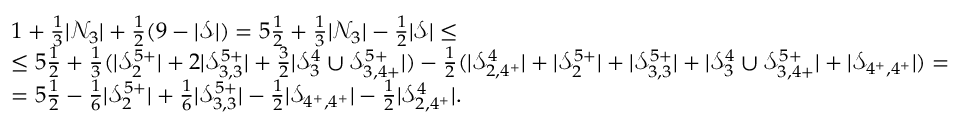
\begin{array} { r l } & { 1 + \frac 1 3 | \mathcal { N } _ { 3 } | + \frac 1 2 ( 9 - | \mathcal { S } | ) = 5 \frac 1 2 + \frac 1 3 | \mathcal { N } _ { 3 } | - \frac 1 2 | \mathcal { S } | \leq } \\ & { \leq 5 \frac 1 2 + \frac 1 3 ( | \mathcal { S } _ { 2 } ^ { 5 + } | + 2 | \mathcal { S } _ { 3 , 3 } ^ { 5 + } | + \frac 3 2 | \mathcal { S } _ { 3 } ^ { 4 } \cup \mathcal { S } _ { 3 , 4 + } ^ { 5 + } | ) - \frac 1 2 ( | \mathcal { S } _ { 2 , 4 ^ { + } } ^ { 4 } | + | \mathcal { S } _ { 2 } ^ { 5 + } | + | \mathcal { S } _ { 3 , 3 } ^ { 5 + } | + | \mathcal { S } _ { 3 } ^ { 4 } \cup \mathcal { S } _ { 3 , 4 + } ^ { 5 + } | + | \mathcal { S } _ { 4 ^ { + } , 4 ^ { + } } | ) = } \\ & { = 5 \frac 1 2 - \frac 1 6 | \mathcal { S } _ { 2 } ^ { 5 + } | + \frac 1 6 | \mathcal { S } _ { 3 , 3 } ^ { 5 + } | - \frac 1 2 | \mathcal { S } _ { 4 ^ { + } , 4 ^ { + } } | - \frac 1 2 | \mathcal { S } _ { 2 , 4 ^ { + } } ^ { 4 } | . } \end{array}